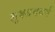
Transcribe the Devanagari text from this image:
लुक्जमवर्ग